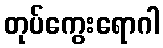
တုပ်ကွေးရောဂါ